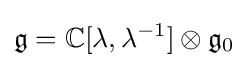
{\mathfrak {g}}=\mathbb {C} [\lambda ,\lambda ^{-1}]\otimes {\mathfrak {g}}_{0}